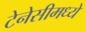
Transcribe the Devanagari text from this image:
टेनेसीमध्ये